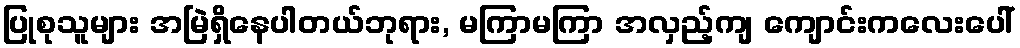
ပြုစုသူများ အမြဲရှိနေပါတယ်ဘုရား, မကြာမကြာ အလှည့်ကျ ကျောင်းကလေးပေါ်